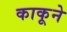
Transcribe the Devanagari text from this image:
काकूने